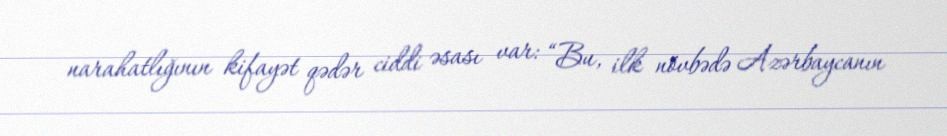
narahatlığının kifayət qədər ciddi əsası var: “Bu, ilk növbədə Azərbaycanın